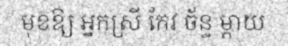
មុខឱ្យ អ្នកស្រី កែវ ច័ន្ទ ម្តាយ